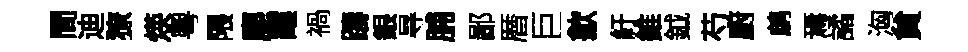
間迪獠煐粵隈塵霞禍躊銀㝵脯鄙暦巨歙紆錐鉞芍廚鹧焉譎洶貟